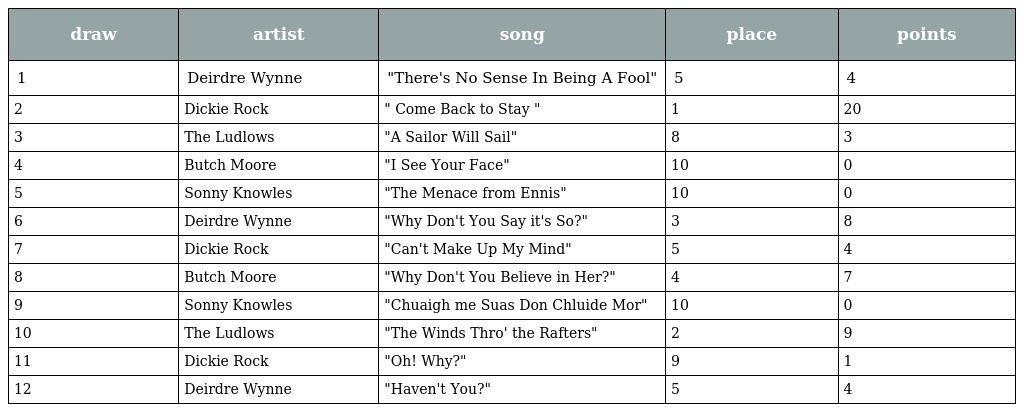
| draw | artist | song | place | points |
 | --- | --- | --- | --- | --- |
 | 1 | Deirdre Wynne | "There's No Sense In Being A Fool" | 5 | 4 |
 | 2 | Dickie Rock | " Come Back to Stay " | 1 | 20 |
 | 3 | The Ludlows | "A Sailor Will Sail" | 8 | 3 |
 | 4 | Butch Moore | "I See Your Face" | 10 | 0 |
 | 5 | Sonny Knowles | "The Menace from Ennis" | 10 | 0 |
 | 6 | Deirdre Wynne | "Why Don't You Say it's So?" | 3 | 8 |
 | 7 | Dickie Rock | "Can't Make Up My Mind" | 5 | 4 |
 | 8 | Butch Moore | "Why Don't You Believe in Her?" | 4 | 7 |
 | 9 | Sonny Knowles | "Chuaigh me Suas Don Chluide Mor" | 10 | 0 |
 | 10 | The Ludlows | "The Winds Thro' the Rafters" | 2 | 9 |
 | 11 | Dickie Rock | "Oh! Why?" | 9 | 1 |
 | 12 | Deirdre Wynne | "Haven't You?" | 5 | 4 |